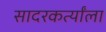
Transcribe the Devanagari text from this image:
सादरकर्त्यांला